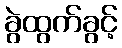
ခွဲထွက်ခွင့်